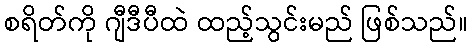
စရိတ်ကို ဂျီဒီပီထဲ ထည့်သွင်းမည် ဖြစ်သည်။